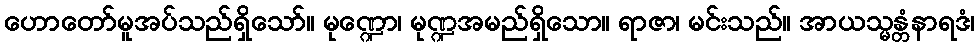
ဟောတော်မူအပ်သည်ရှိသော်။ မုဏ္ဍော၊ မုဏ္ဍအမည်ရှိသော။ ရာဇာ၊ မင်းသည်။ အာယသ္မန္တံနာရဒံ၊